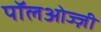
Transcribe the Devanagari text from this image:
पॉलओज्ज़ी